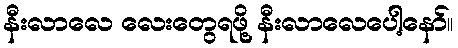
နီးလာလေ လေးတွေရဖို့ နီးလာလေပေါ့နော်။